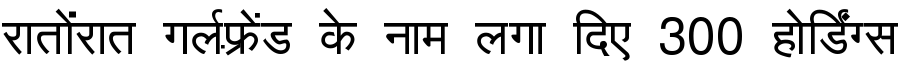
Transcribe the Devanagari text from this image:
रातोंरात गर्लफ़्रेंड के नाम लगा दिए 300 होर्डिंग्स